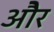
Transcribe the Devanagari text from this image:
ओेैर